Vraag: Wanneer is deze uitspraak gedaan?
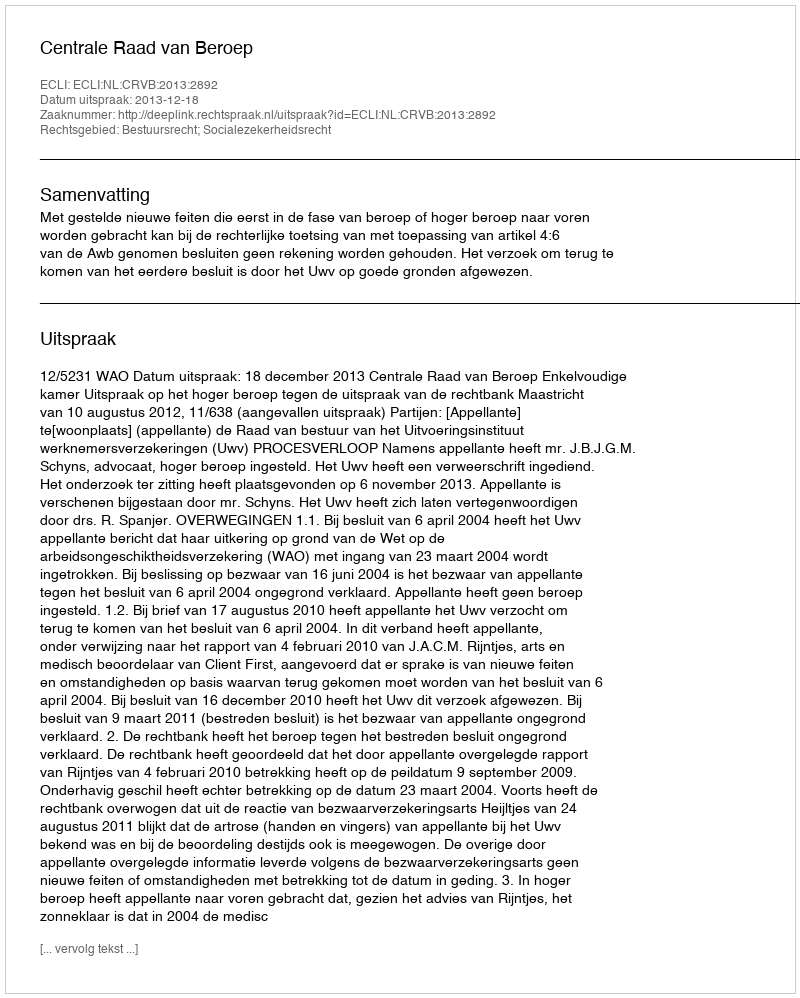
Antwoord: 2013-12-18